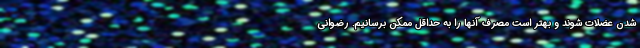
شدن عضلات شوند و بهتر است مصرف آنها را به حداقل ممکن برسانیم. رضوانی